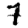
Digit: 7